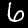
Label: 6